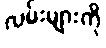
လမ်းများကို